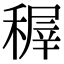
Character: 稺